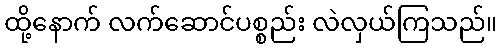
ထို့နောက် လက်ဆောင်ပစ္စည်း လဲလှယ်ကြသည်။